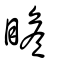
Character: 瞻